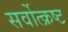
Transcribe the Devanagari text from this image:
सर्वोत्‍क्रष्‍ट